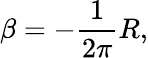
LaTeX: \beta=-\frac{1}{2\pi}R,